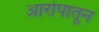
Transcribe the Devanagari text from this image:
आरोपातून